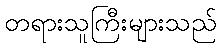
တရားသူကြီးများသည်